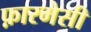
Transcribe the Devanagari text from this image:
फ़ारमेसी